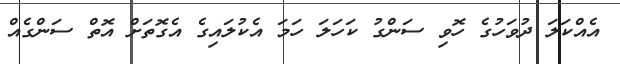
އެއްކަލަ ދުވަހުގެ ހޮވި ސަންގު ކަހަލަ ހަމަ އެކުލައިގެ އެގޮތަށް އޮތް ސަންގެއް